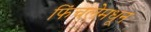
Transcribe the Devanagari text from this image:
फिंचलेमधून